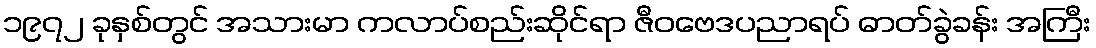
၁၉၇၂ ခုနှစ်တွင် အသားမာ ကလာပ်စည်းဆိုင်ရာ ဇီဝဗေဒပညာရပ် ဓာတ်ခွဲခန်း အကြီး